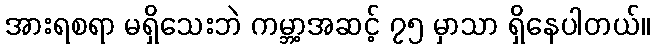
အားရစရာ မရှိသေးဘဲ ကမ္ဘာ့အဆင့် ၇၅ မှာသာ ရှိနေပါတယ်။